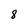
Character: 8